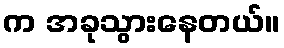
က အခုသွားနေတယ်။